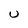
Character: U